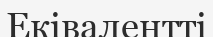
Еківалентті